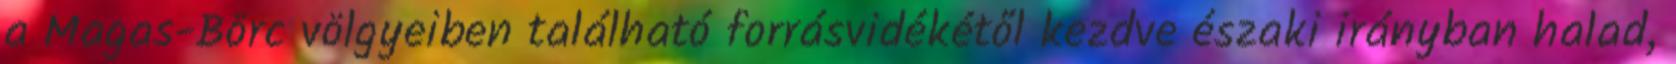
a Magas-Börc völgyeiben található forrásvidékétől kezdve északi irányban halad,